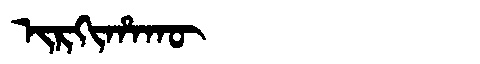
Manchu: ᡳᡵᡴᡳᡥᠠᡴᡡ
Romanization: IRKIHAKŪ